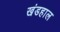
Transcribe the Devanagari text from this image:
खंडहाल